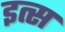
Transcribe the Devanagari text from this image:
इत्स